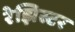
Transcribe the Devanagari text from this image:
रेझिस्टर